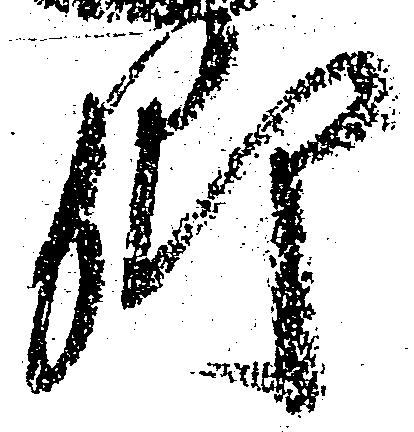
郷